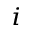
_ i